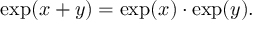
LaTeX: \exp ( x + y ) = \exp ( x ) \cdot \exp ( y ) .